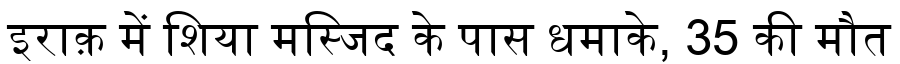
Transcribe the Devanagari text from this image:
इराक़ में शिया मस्जिद के पास धमाके, 35 की मौत